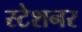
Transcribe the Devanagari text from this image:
स्टेशनर